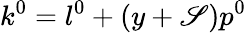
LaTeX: k^{0}=l^{0}+(y+\mathscr{S})p^{0}